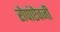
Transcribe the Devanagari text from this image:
रोपांएेवजी